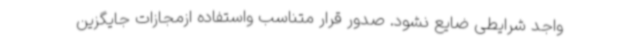
واجد شرایطی ضایع نشود. صدور قرار متناسب واستفاده ازمجازات جایگزین